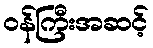
ဝန်ကြီးအဆင့်